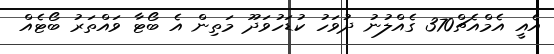
އެއީ އެމްއެޗް370 ގެއްލުނު ދުވަހު ކުޑަހުވަދޫ މަތިން އެ ބޯޓާ ވައްތަރު ބޯޓެއް